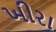
ખીરા